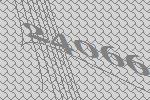
24066